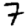
Digit: 7